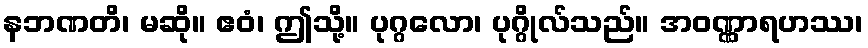
နဘဏတိ၊ မဆို။ ဧဝံ၊ ဤသို့။ ပုဂ္ဂလော၊ ပုဂ္ဂိုလ်သည်။ အဝဏ္ဏာရဟဿ၊